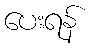
ပေးရန်